Indian Medical Review
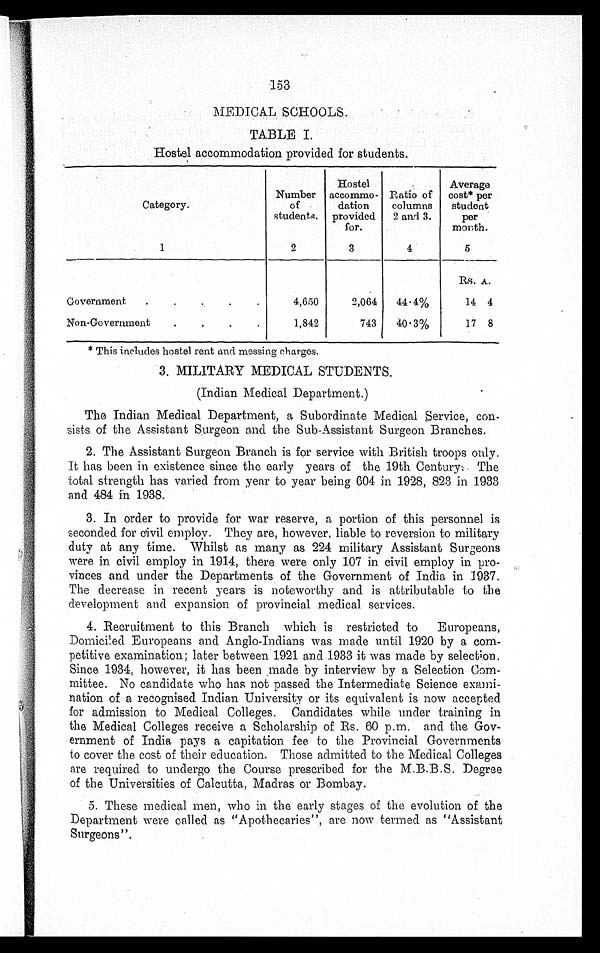
153
MEDICAL SCHOOLS.
TABLE I.
Hostel accommodation provided for students.
Category.
Number
of
students.
Hoste
accommo -
dation
provided
for.
Ratio of
columns
2 and 3.
Average
cost* per
student
per
month.
1
2
3
4
5
Rs. A.
Government . . .
4,650
2,064
44.4%
14 4
Non-Government . . .
1,842
743
40.3%
17 8
* This includes hostel rent and messing charges.
3. MILITARY MEDICAL STUDENTS.
(Indian Medical Department.)
The Indian Medical Department, a Subordinate Medical Service, con
-
sists of the Assistant Surgeon and the Sub-Assistant Surgeon Branches.
2. The Assistant Surgeon Branch is for service with British troops only.
It has been in existence since the early years of the 19th Century. The
total strength has varied from year to year being 604 in 1928, 823 in 1933
and 484 in 1938.
3. In order to provide for war reserve, a portion of this personnel is
seconded for civil employ. They are, however, liable to reversion to military
duty at any time. Whilst as many as 224 military Assistant Surgeons
were in civil employ in 1914, there were only 107 in civil employ in pro
-
vinces and under the Departments of the Government of India in 1937.
The decrease in recent years is noteworthy and is attributable to the
development and expansion of provincial medical services.
4. Recruitment to this Branch which is restricted to Europeans,
Domiciled Europeans and Anglo-Indians was made until 1920 by a com
-
petitive examination; later between 1921 and 1933 it was made by selection.
Since 1934, however, it has been made by interview by a Selection Com-
mittee. No candidate who has not passed the Intermediate Science exami
-
nation of a recognised Indian University or its equivalent is now accepted
for admission to Medical Colleges. Candidates while under training in
the Medical Colleges receive a Scholarship of Rs. 60 p.m. and the Gov-
ernment of India pays a capitation fee to the Provincial Governments
to cover the cost of their education. Those admitted to the Medical Colleges
are required to undergo the Course prescribed for the M.B.B.S. Degree
of the Universities of Calcutta, Madras or Bombay.
5. These medical men, who in the early stages of the evolution of the
Department were called as "Apothecaries", are now termed as "Assistant
Surgeons".